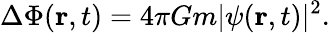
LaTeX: \Delta\Phi(\mathbf{r},t)=4\pi Gm|\psi(\mathbf{r},t)|^{2}.